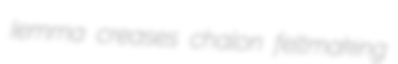
lemma creases chalon feltmaking